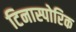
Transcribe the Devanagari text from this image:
टिनास्पोरिक